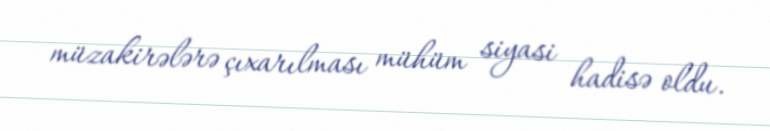
müzakirələrə çıxarılması mühüm siyasi hadisə oldu.